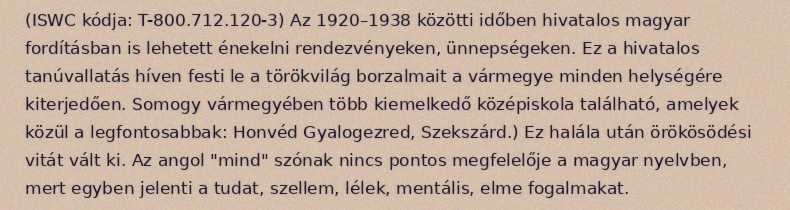
(ISWC kódja: T-800.712.120-3) Az 1920–1938 közötti időben hivatalos magyar fordításban is lehetett énekelni rendezvényeken, ünnepségeken. Ez a hivatalos tanúvallatás híven festi le a törökvilág borzalmait a vármegye minden helységére kiterjedően. Somogy vármegyében több kiemelkedő középiskola található, amelyek közül a legfontosabbak: Honvéd Gyalogezred, Szekszárd.) Ez halála után örökösödési vitát vált ki. Az angol "mind" szónak nincs pontos megfelelője a magyar nyelvben, mert egyben jelenti a tudat, szellem, lélek, mentális, elme fogalmakat.